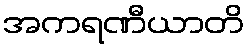
အကရဏီယာတိ